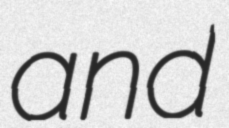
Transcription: and